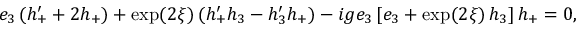
e _ { 3 } \, ( h _ { + } ^ { \prime } + 2 h _ { + } ) + \exp ( 2 \xi ) \, ( h _ { + } ^ { \prime } h _ { 3 } - h _ { 3 } ^ { \prime } h _ { + } ) - i g e _ { 3 } \, [ e _ { 3 } + \exp ( 2 \xi ) \, h _ { 3 } ] \, h _ { + } = 0 ,